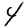
Digit: 4